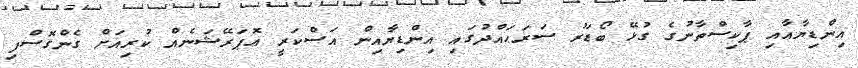
އިންޑިޔާއާއި ޕާކިސްތާނުގެ ގުޅޭ ބޯޑަރު ސަރަޙައްދުގައި އިންޑިޔާއިން އަސްކަރީ އޮޕަރޭޝަނެއް ކުރިއަށް ގެންގޮސްފި